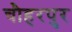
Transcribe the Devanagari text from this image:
चौहरपुर